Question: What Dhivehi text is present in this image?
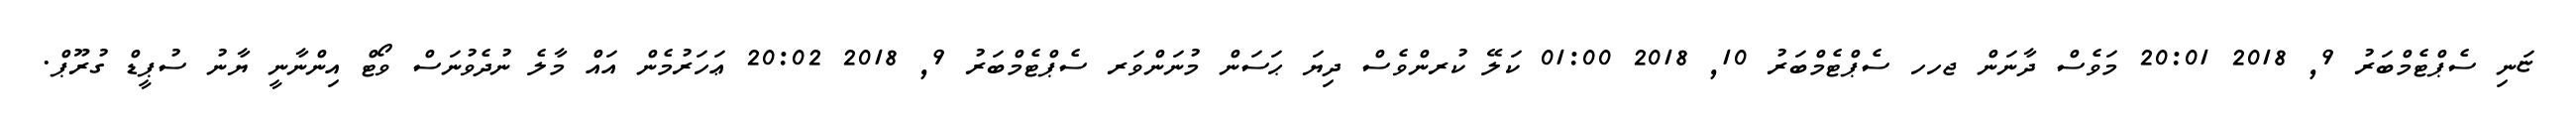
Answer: ޏަނި ސެޕްޓެމްބަރު 9, 2018 20:01 މަވެސް ދާނަން ޖހހ ސެޕްޓެމްބަރު 10, 2018 01:00 ކަލޭ ކުރންވެސް ދިޔަ ޙަސަން މުނަންވަރ ސެޕްޓެމްބަރު 9, 2018 20:02 ޢަހަރުމެން އައް މާލެ ނުދެވުނަސް ވޯޓް އިންނާނީ ޔާނު ސުޕީޑް ގުރޫޕް.